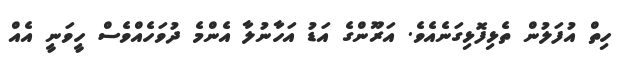
ހިތް އުފަލުން ތެޅިފޮޅިގަނެއެވެ. އަރޫންގެ އަޑު އަހާނުލާ އެންމެ ދުވަހެއްވެސް ހީވަނީ އެއް